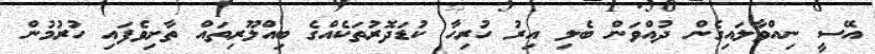
އޭސީ ނިއްވާލައިގެން ދުއްވަން ބެލި އިރު ހުރިހާ ކުޑަދޮރުތަކެއްގެ ބިއްލޫރިތައް ތާށިވެފައި ހުރުމުން